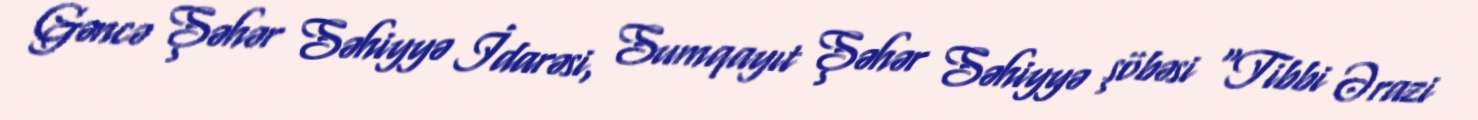
Gəncə Şəhər Səhiyyə İdarəsi, Sumqayıt Şəhər Səhiyyə şöbəsi “Tibbi Ərazi